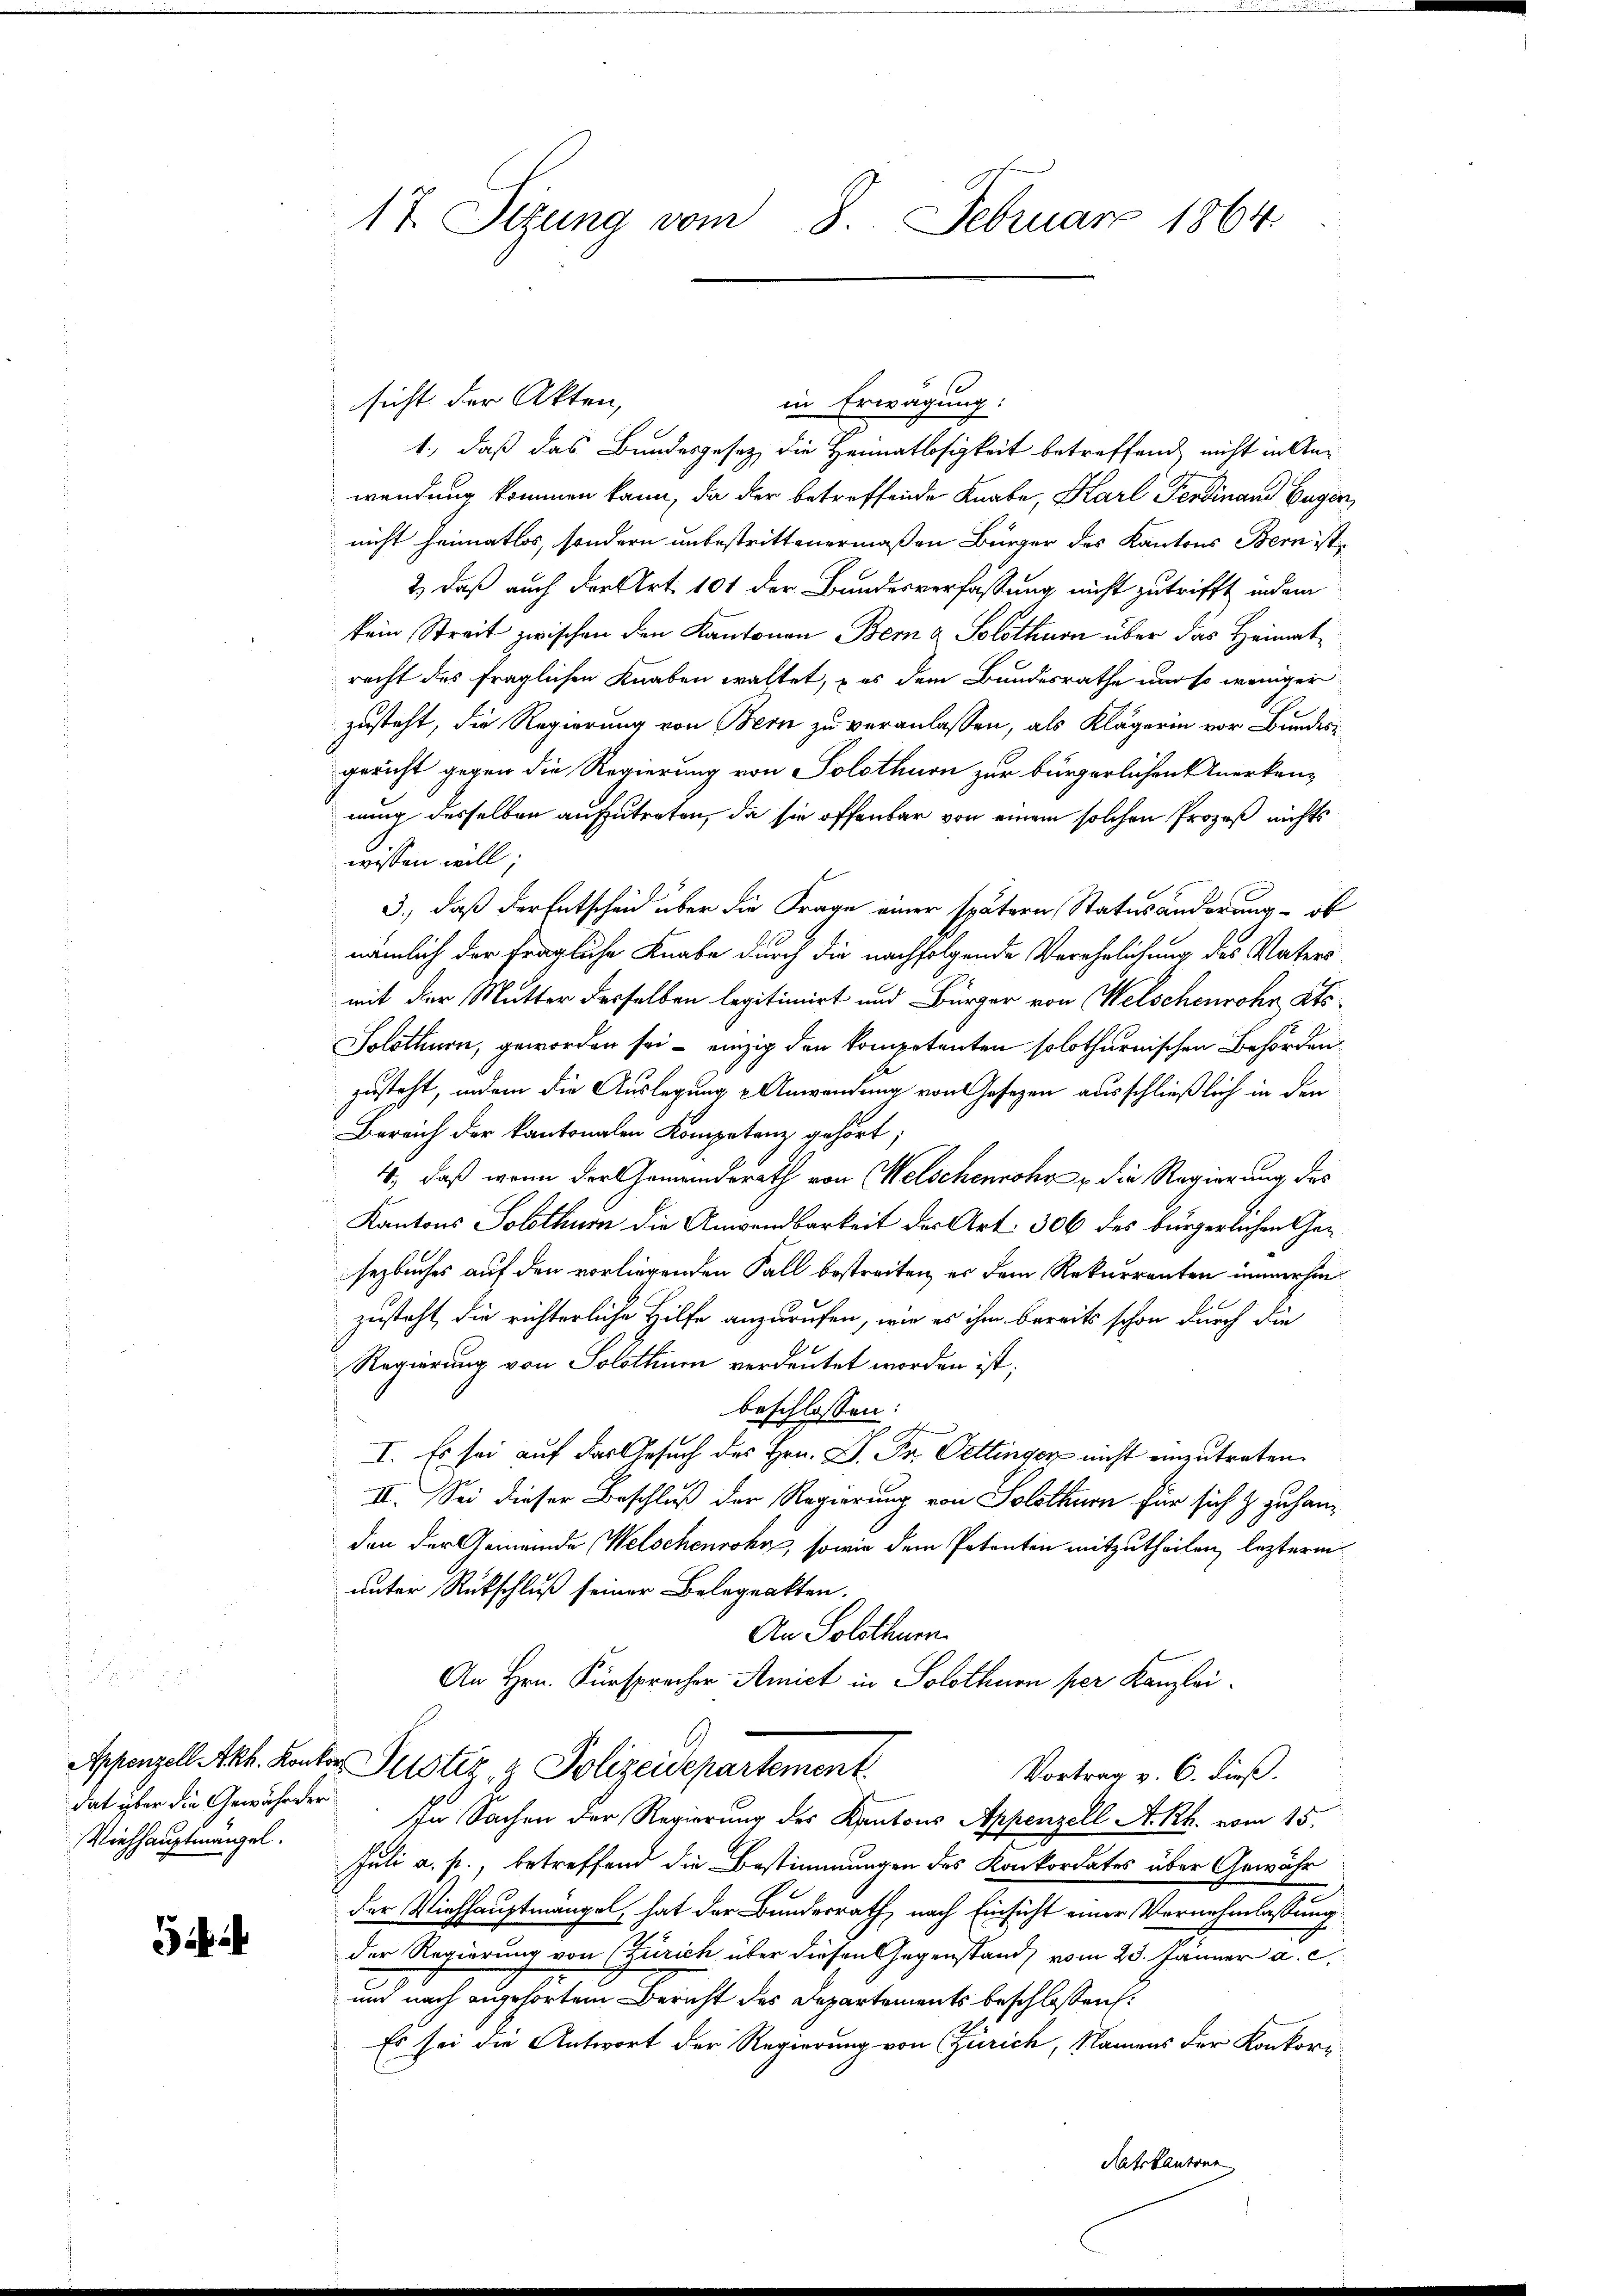
dat über die Gewährer
Viehhauptmängel.

17. Sizung vom 8. Februar 1864.

sicht der Akten,
1., daß das Bundesgesez die Heimatlosigkeit betreffend nicht in Anwendung kommen kann, da der betreffende Knabe, Karl Ferdinand Begin
nicht heimatlos, sondern unbestrittenermaßen Bürger des Kantons Bern ist,
2) daß auch der Art. 101 der Bundesverfassung nicht zutrifft indem
kein Streit zwischen den Kantonen Bern a Solothurn über das Heimatrecht des fraglichen Knaben waltet, es dem Bundesrathe und so weniger
zusteht, die Regierung von Bern zu veranlassen, als Klägerin vor Bundesgericht gegen die Regierung von Solothurn zur bürgerlichen Anerkannung desselben aufzutreten, da sie offenbar von einem solchen Prozeß nichts
wissen will.
3., daß der Entscheid über die Frage einer spätern Statusänderung ob
nämlich der fragliche Knabe durch die nachfolgende Verehrlichung des Vaters
mit der Mutter desselben legitimirt und Bürger von Welschenrohr ats¬
Solothurn, geworden sei – einzig den kompetenten solothurnischen Behörden
zusteht, indem die Auslegung & Anwendung von Gesetzen ausschließlich in den
Bereich der kantonalen Kompetene gehört;
4., daß wenn der Gemeindsrath von Welschenrohr & die Regierung des
Kantons Solothurn die Anwendbarkeit der Art. 306 des bürgerlichen Gesezbuches auf den vorliegenden Fall bestreiten, es dem Rekurrenten immerhin
zusteht, die richterliche Hilfe anzurufen, wie es ihm bereits schon durch die
Regierung von Solothum verdeutet worden ist;
beschlossen:
I. Es sei auf das Gesuch des Hrn. D. Pr. Oettinger nicht einzutreten.
II. Sei dieser Beschluß der Regierung von Solothurn für sich & zu handen der Gemeinde Welschenrohr, sowie dem Petenten mitzutheilen, lezterm
unter Rückschluß seiner Belegeakten.
An Solothurn.
An Hrn. Fürsprecher Amict in Solothurn per Kanzlei¬
Appenzell Akh. Kontor Pustiz & Polizeidepartement
Vortrag v. 6. dieß.
In Sachen der Regierung des Kantons Appenzell A.- Rh. vom 15.
Juli a. f., betreffend die Bestimmungen des Konkordates über Gewähr
der Viehhauptmangel, hat der Bundesrath, nach Einsicht einer Vernehmlassung
der Regierung von (Zürich über diesen Gegenstand vom 23. Jänner a. c.
und nach angehörtem Bericht des Departements beschlossen:
Es sei die Antwort der Regierung von Zürich, Namens der Konkor-
Ratskantons

in Erwägung: